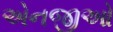
એનજીઓ